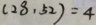
( 2 8 , 5 2 ) = 4